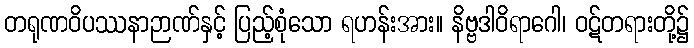
တရုဏဝိပဿနာဉာဏ်နှင့် ပြည့်စုံသော ရဟန်းအား။ နိဗ္ဗဒါဝိရာဂေါ၊ ဝဋ်တရားတို့၌